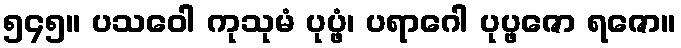
၅၄၅။ ပသဝေါ ကုသုမံ ပုပ္ဖံ၊ ပရာဂေါ ပုပ္ဖဇော ရဇော။